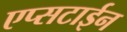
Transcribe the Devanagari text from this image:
एप्सटाईन